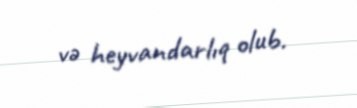
və heyvandarlıq olub.